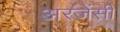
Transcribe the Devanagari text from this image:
अरजेंसी